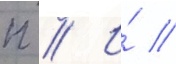
п // И́ //